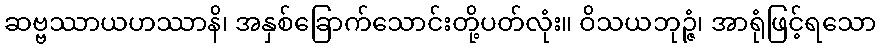
ဆဗ္ဗဿာယဟဿာနိ၊ အနှစ်ခြောက်သောင်းတို့ပတ်လုံး။ ဝိသယဘုဉ္ဇံ၊ အာရုံဖြင့်ရသော